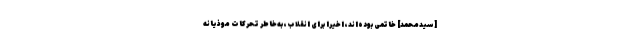
[سیدمحمد] خاتمى بوده‌اند، اخیرا براى انقلاب، به‌خاطر تحركات موذیانه